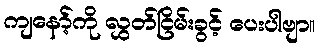
ကျနော့်ကို လွှတ်ငြိမ်းခွင့် ပေးပါဗျာ။